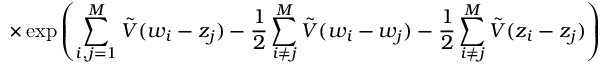
\times \exp \left( \sum _ { i , j = 1 } ^ { M } \tilde { V } ( w _ { i } - z _ { j } ) - \frac { 1 } { 2 } \sum _ { i \neq j } ^ { M } \tilde { V } ( w _ { i } - w _ { j } ) - \frac { 1 } { 2 } \sum _ { i \neq j } ^ { M } \tilde { V } ( z _ { i } - z _ { j } ) \right)